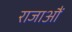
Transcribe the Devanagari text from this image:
राजाऔं